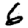
Digit: 6